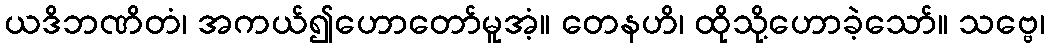
ယဒိဘဏိတံ၊ အကယ်၍ဟောတော်မူအံ့။ တေနဟိ၊ ထိုသို့ဟောခဲ့သော်။ သဗ္ဗေ၊